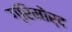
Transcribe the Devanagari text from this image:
ग्रिमोर्द